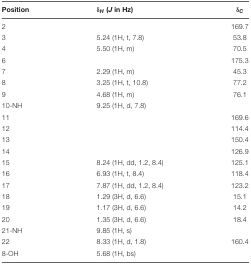
| Position | δH (J in Hz) | δC |
 | --- | --- | --- |
 | 2 |  | 169.7 |
 | 3 | 5.24 (1H, t, 7.8) | 53.8 |
 | 4 | 5.50 (1H, m) | 70.5 |
 | 6 |  | 175.3 |
 | 7 | 2.29 (1H, m) | 45.3 |
 | 8 | 3.25 (1H, t, 10.8) | 77.2 |
 | 9 | 4.68 (1H, m) | 76.1 |
 | 10-NH | 9.25 (1H, d, 7.8) |  |
 | 11 |  | 169.6 |
 | 12 |  | 114.4 |
 | 13 |  | 150.4 |
 | 14 |  | 126.9 |
 | 15 | 8.24 (1H, dd, 1.2, 8.4) | 125.1 |
 | 16 | 6.93 (1H, t, 8.4) | 118.4 |
 | 17 | 7.87 (1H, dd, 1.2, 8.4) | 123.2 |
 | 18 | 1.29 (3H, d, 6.6) | 15.1 |
 | 19 | 1.17 (3H, d, 6.6) | 14.2 |
 | 20 | 1.35 (3H, d, 6.6) | 18.4 |
 | 21-NH | 9.85 (1H, s) |  |
 | 22 | 8.33 (1H, d, 1.8) | 160.4 |
 | 8-OH | 5.68 (1H, bs) |  |